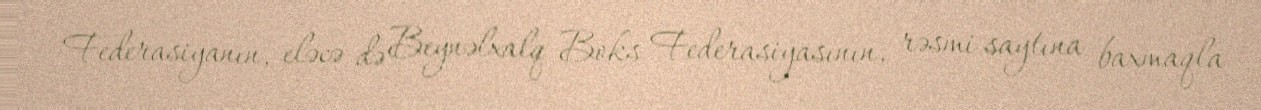
Federasiyanın, eləcə də Beynəlxalq Boks Federasiyasının, rəsmi saytına baxmaqla